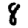
Digit: 8